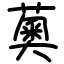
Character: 薁